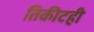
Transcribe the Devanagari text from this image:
तिकीटही